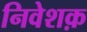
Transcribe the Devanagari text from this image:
निवेशक़